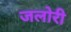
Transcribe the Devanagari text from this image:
जलोरी